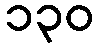
၁၃၀